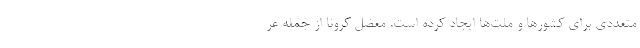
متعددی برای کشورها و ملت‌ها ایجاد کرده است. معضل کرونا از جمله عر